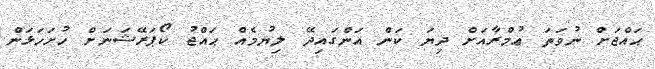
ޙައްޖަށް ނުވަތަ ޢުމްރާއަށް ދިޔަ ކަން އަންގައިދޭ ލިޔުމެއް ޙައްޖު ކޯޕަރޭޝަނަށް ހުށަހަޅަން